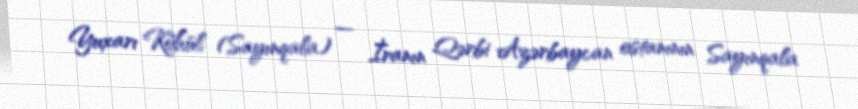
Yuxarı Köhül (Sayınqala) — İranın Qərbi Azərbaycan ostanının Sayınqala